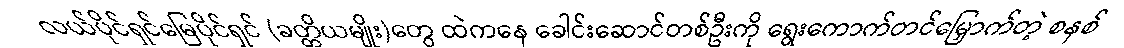
လယ်ပိုင်ရှင်မြေပိုင်ရှင် (ခတ္တိယမျိုး)တွေ ထဲကနေ ခေါင်းဆောင်တစ်ဦးကို ရွေးကောက်တင်မြှောက်တဲ့ စနစ်